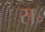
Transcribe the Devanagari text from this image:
स॰